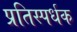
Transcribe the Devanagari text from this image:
प्रतिस्पर्धक